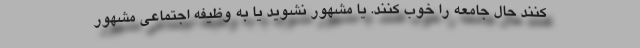
کنند حال جامعه را خوب کنند. یا مشهور نشوید یا به وظیفه اجتماعی مشهور